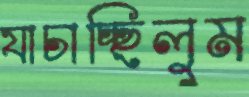
যাচাচ্ছিলুম